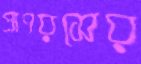
প্রাণরসের